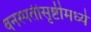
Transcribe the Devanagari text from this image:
वनस्पतीसृष्टीमध्ये